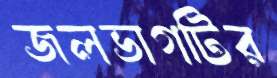
জলভাগটির